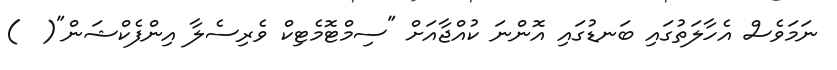
ނަމަވެސް އެހާލަތުގައި ބަނޑުގައި އޮންނަ ކުއްޖާއަށް "ސިމްޓޮމެޓިކް ވެރިސެލާ އިންފެކްޝަން"(  )